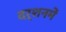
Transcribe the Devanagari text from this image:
दर्शनमें